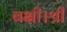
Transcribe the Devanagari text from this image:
बक्षी।श्री